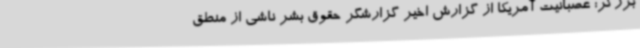
برزگر: عصبانیت آمریکا از گزارش اخیر گزارشگر حقوق بشر ناشی از منطق